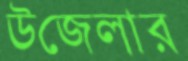
উজেলার